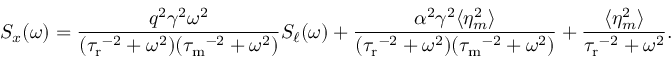
S _ { x } ( \omega ) = \frac { q ^ { 2 } \gamma ^ { 2 } \omega ^ { 2 } } { ( { \tau _ { \mathrm { r } } } ^ { - 2 } + \omega ^ { 2 } ) ( { \tau _ { \mathrm { m } } } ^ { - 2 } + \omega ^ { 2 } ) } S _ { \ell } ( \omega ) + \frac { \alpha ^ { 2 } \gamma ^ { 2 } \langle \eta _ { m } ^ { 2 } \rangle } { ( { \tau _ { \mathrm { r } } } ^ { - 2 } + \omega ^ { 2 } ) ( { \tau _ { \mathrm { m } } } ^ { - 2 } + \omega ^ { 2 } ) } + \frac { \langle \eta _ { m } ^ { 2 } \rangle } { { \tau _ { \mathrm { r } } } ^ { - 2 } + \omega ^ { 2 } } .